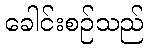
ခေါင်းစဉ်သည်